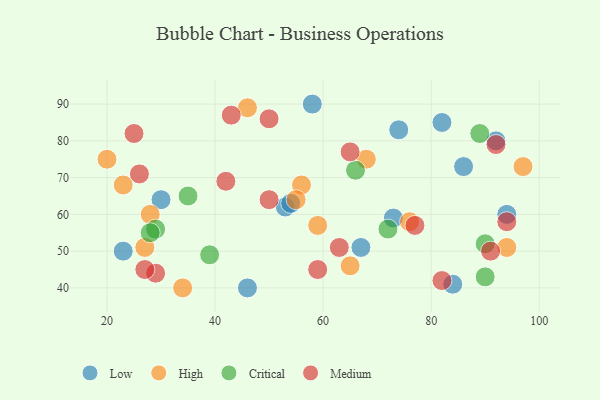
{"axis": {"x": "GDP", "y": "Life Expectancy"}, "legend": ["Critical", "High", "Low", "Medium"], "data": [{"x": "82", "y": 85, "type": "Low"}, {"x": "23", "y": 50, "type": "Low"}, {"x": "53", "y": 62, "type": "Low"}, {"x": "73", "y": 59, "type": "Low"}, {"x": "92", "y": 80, "type": "Low"}, {"x": "86", "y": 73, "type": "Low"}, {"x": "94", "y": 60, "type": "Low"}, {"x": "84", "y": 41, "type": "Low"}, {"x": "30", "y": 64, "type": "Low"}, {"x": "74", "y": 83, "type": "Low"}, {"x": "58", "y": 90, "type": "Low"}, {"x": "46", "y": 40, "type": "Low"}, {"x": "54", "y": 63, "type": "Low"}, {"x": "67", "y": 51, "type": "Low"}, {"x": "65", "y": 46, "type": "High"}, {"x": "68", "y": 75, "type": "High"}, {"x": "56", "y": 68, "type": "High"}, {"x": "28", "y": 60, "type": "High"}, {"x": "97", "y": 73, "type": "High"}, {"x": "76", "y": 58, "type": "High"}, {"x": "46", "y": 89, "type": "High"}, {"x": "20", "y": 75, "type": "High"}, {"x": "59", "y": 57, "type": "High"}, {"x": "23", "y": 68, "type": "High"}, {"x": "55", "y": 64, "type": "High"}, {"x": "34", "y": 40, "type": "High"}, {"x": "94", "y": 51, "type": "High"}, {"x": "27", "y": 51, "type": "High"}, {"x": "29", "y": 56, "type": "Critical"}, {"x": "35", "y": 65, "type": "Critical"}, {"x": "89", "y": 82, "type": "Critical"}, {"x": "39", "y": 49, "type": "Critical"}, {"x": "90", "y": 52, "type": "Critical"}, {"x": "72", "y": 56, "type": "Critical"}, {"x": "28", "y": 55, "type": "Critical"}, {"x": "66", "y": 72, "type": "Critical"}, {"x": "90", "y": 43, "type": "Critical"}, {"x": "63", "y": 51, "type": "Medium"}, {"x": "77", "y": 57, "type": "Medium"}, {"x": "29", "y": 44, "type": "Medium"}, {"x": "26", "y": 71, "type": "Medium"}, {"x": "25", "y": 82, "type": "Medium"}, {"x": "59", "y": 45, "type": "Medium"}, {"x": "82", "y": 42, "type": "Medium"}, {"x": "27", "y": 45, "type": "Medium"}, {"x": "43", "y": 87, "type": "Medium"}, {"x": "91", "y": 50, "type": "Medium"}, {"x": "50", "y": 64, "type": "Medium"}, {"x": "94", "y": 58, "type": "Medium"}, {"x": "50", "y": 86, "type": "Medium"}, {"x": "65", "y": 77, "type": "Medium"}, {"x": "42", "y": 69, "type": "Medium"}, {"x": "92", "y": 79, "type": "Medium"}]}